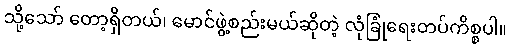
သို့သော် တော့ရှိတယ်၊ မောင်ဖွဲ့စည်းမယ်ဆိုတဲ့ လုံခြုံရေးတပ်ကိစ္စပါ။